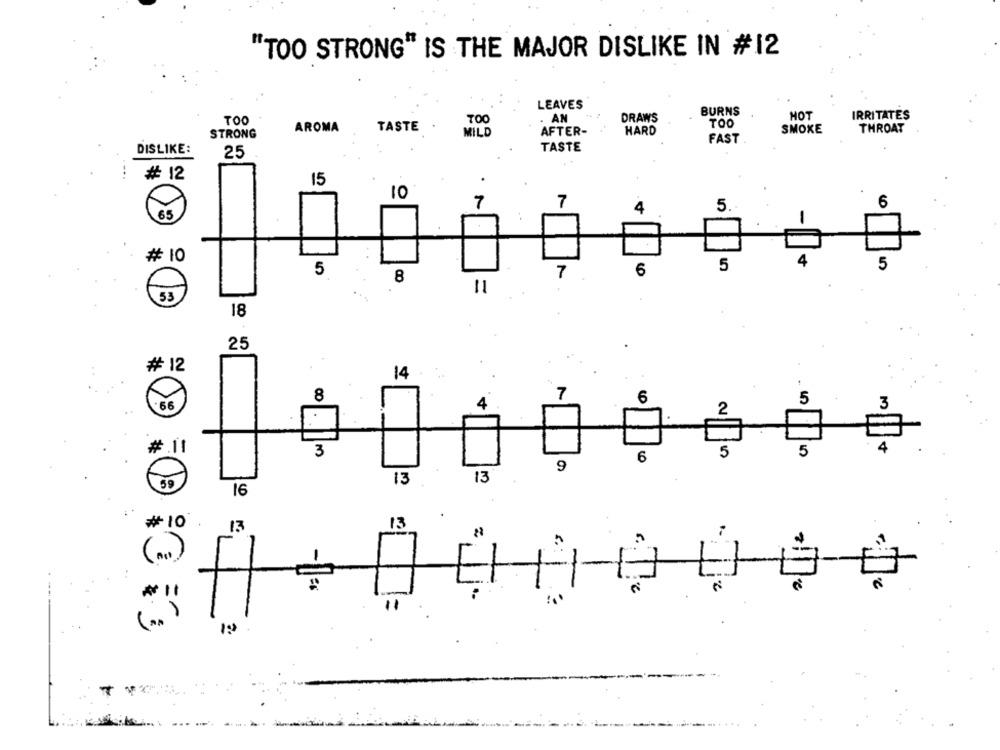
"TOO STRONG" IS THE MAJOR DISLIKE IN #12
LEAVES
BURNS
TOO
AN
DRAWS
HOT
IRRITATES
AROMA
TASTE
TOO
STRONG
MILD
AFTER-
HARD
SMOKE
THROAT
FAST
DISLIKE:
TASTE
25
# 12
15
10
7
6
7
4
5.
65
-
# 10
4
5
5
5
7
6
8
11
53
18
25
# 12
14
8
7
6
66
4
5
2
#.1
4
3
5
5
6
9
13
13
16
#10
13
13
=
... )
(m.)
-----